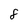
Character: 8